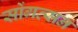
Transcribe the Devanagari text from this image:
सोंगत्सन